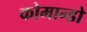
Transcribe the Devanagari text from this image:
कोमान्डो